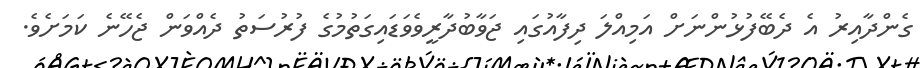
ގެންދާއިރު އެ ދެބޭފުޅުންނަށް އަމިއްލަ ދިފާއުގައި ޖަވާބުދާރީވެވަޑައިގަތުމުގެ ފުރުސަތު ދެއްވަން ޖެހޭނެ ކަމަށެވެ.